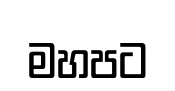
මහපට